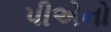
પીએનો